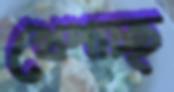
খেপাচ্ছ